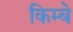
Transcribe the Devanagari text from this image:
किम्बे